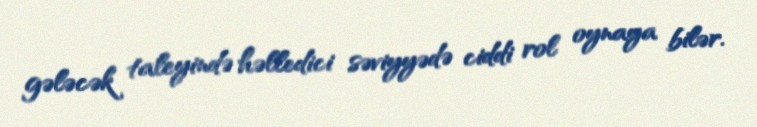
gələcək taleyində həlledici səviyyədə ciddi rol oynaya bilər.